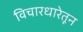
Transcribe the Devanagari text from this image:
विचारधारेतून